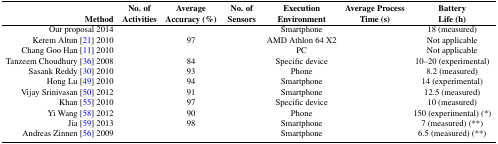
<table><thead><tr><td><b>Method</b></td><td><b>No. of Activities</b></td><td><b>Average Accuracy (%)</b></td><td><b>No. of Sensors</b></td><td><b>Execution Environment</b></td><td><b>Average Process Time (s)</b></td><td><b>Battery Life (h)</b></td></tr></thead><tbody><tr><td>Our proposal 2014</td><td>[EMPTY_CELL]</td><td>[EMPTY_CELL]</td><td>[EMPTY_CELL]</td><td>Smartphone</td><td>[EMPTY_CELL]</td><td>18 (measured)</td></tr><tr><td>Kerem Altun [21] 2010</td><td>[EMPTY_CELL]</td><td>97</td><td>[EMPTY_CELL]</td><td>AMD Athlon 64 X2</td><td>[EMPTY_CELL]</td><td>Not applicable</td></tr><tr><td>Chang Goo Han [11] 2010</td><td>[EMPTY_CELL]</td><td>[EMPTY_CELL]</td><td>[EMPTY_CELL]</td><td>PC</td><td>[EMPTY_CELL]</td><td>Not applicable</td></tr><tr><td>Tanzeem Choudhury [36] 2008</td><td>[EMPTY_CELL]</td><td>84</td><td>[EMPTY_CELL]</td><td>Specific device</td><td>[EMPTY_CELL]</td><td>10–20 (experimental)</td></tr><tr><td>Sasank Reddy [30] 2010</td><td>[EMPTY_CELL]</td><td>93</td><td>[EMPTY_CELL]</td><td>Phone</td><td>[EMPTY_CELL]</td><td>8.2 (measured)</td></tr><tr><td>Hong Lu [49] 2010</td><td>[EMPTY_CELL]</td><td>94</td><td>[EMPTY_CELL]</td><td>Smartphone</td><td>[EMPTY_CELL]</td><td>14 (experimental)</td></tr><tr><td>Vijay Srinivasan [50] 2012</td><td>[EMPTY_CELL]</td><td>91</td><td>[EMPTY_CELL]</td><td>Smartphone</td><td>[EMPTY_CELL]</td><td>12.5 (measured)</td></tr><tr><td>Khan [55] 2010</td><td>[EMPTY_CELL]</td><td>97</td><td>[EMPTY_CELL]</td><td>Specific device</td><td>[EMPTY_CELL]</td><td>10 (measured)</td></tr><tr><td>Yi Wang [58] 2012</td><td>[EMPTY_CELL]</td><td>90</td><td>[EMPTY_CELL]</td><td>Phone</td><td>[EMPTY_CELL]</td><td>150 (experimental) (*)</td></tr><tr><td>Jia [59] 2013</td><td>[EMPTY_CELL]</td><td>98</td><td>[EMPTY_CELL]</td><td>Smartphone</td><td>[EMPTY_CELL]</td><td>7 (measured) (**)</td></tr><tr><td>Andreas Zinnen [56] 2009</td><td>[EMPTY_CELL]</td><td>[EMPTY_CELL]</td><td>[EMPTY_CELL]</td><td>Smartphone</td><td>[EMPTY_CELL]</td><td>6.5 (measured) (**)</td></tr></tbody></table>